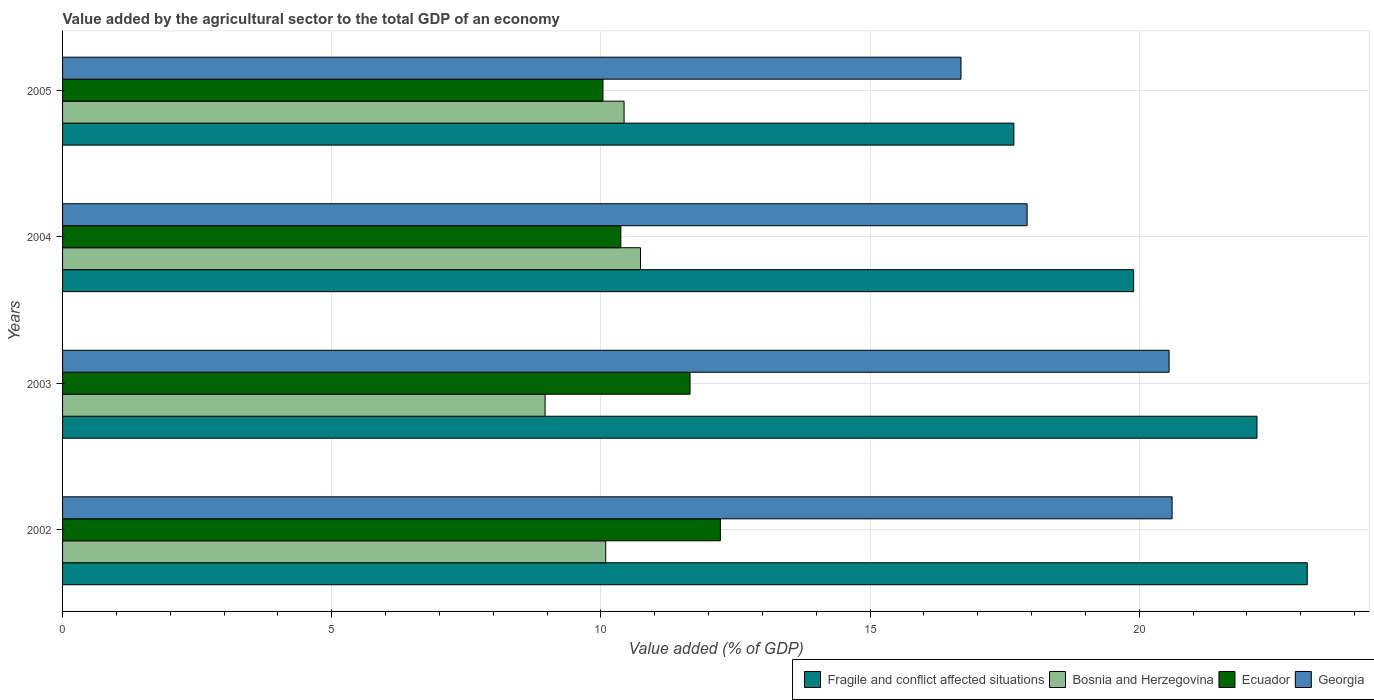
| Years | Fragile and conflict affected situations | Bosnia and Herzegovina | Ecuador | Georgia |
 | --- | --- | --- | --- | --- |
 | 2002 | 23.1 | 10.1 | 12.2 | 20.6 |
 | 2003 | 22.2 | 8.96 | 11.7 | 20.6 |
 | 2004 | 19.9 | 10.7 | 10.4 | 17.9 |
 | 2005 | 17.7 | 10.4 | 10 | 16.7 |